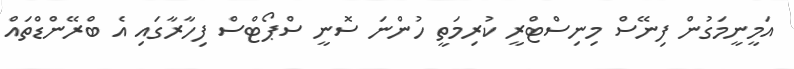
އަމީނީމަގުން ފިނޭސް މިނިސްޓްރީ ކުރިމަތީ ހުންނަ ސޮނީ ސްޕޯޓްސް ފިހާރާގައި އެ ބްރޭންޑްތައް